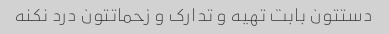
دستتون بابت تهیه و تدارک و زحماتتون درد نکنه